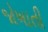
જોખાતી